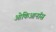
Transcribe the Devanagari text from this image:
ओकिआनॉस